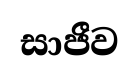
සාජීව